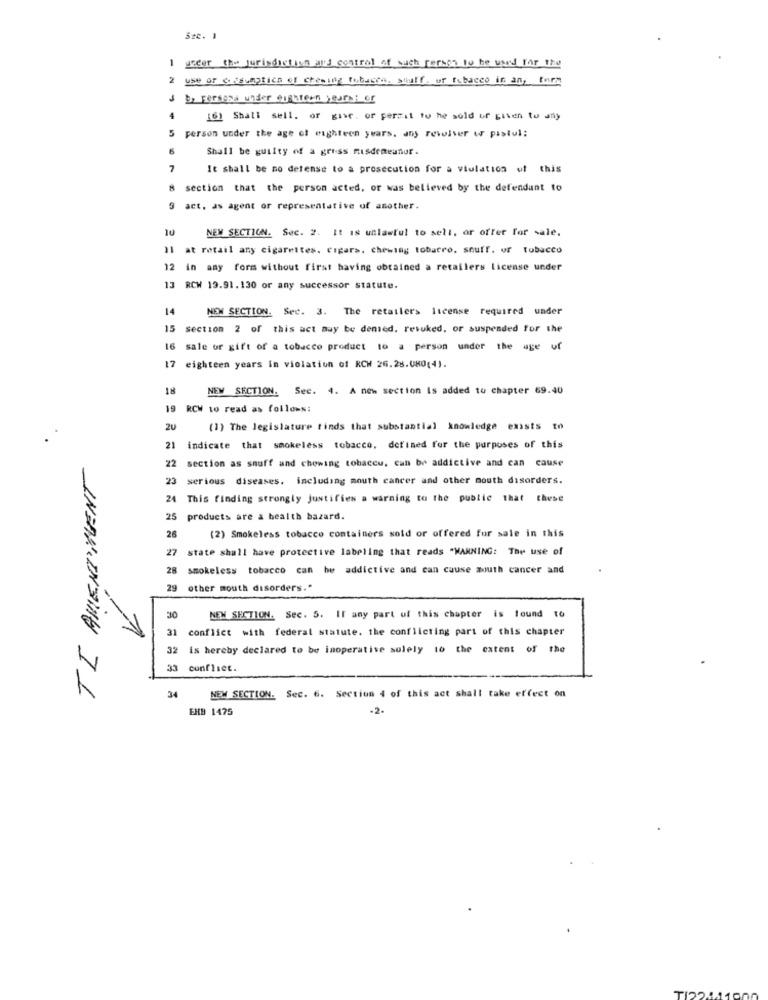
Sec. 1
1 under the jurisdiction and control of such person to be used for the
use or cásumptica of chewing tubacta, stuff. ur tobacco in an, form
3 b, persona under euchteen years: er
4
161 Shall sell. or give, or perzat tu he sold ur given to any
5 person under the age of eighteen years. any revolver w pastul;
6
Shall be guilty of a gruss misdemeanor.
7
It shall be mo defense to a prosecution for a violation of this
8 section that the person acted, or was believed by the defendant to
9
act, as agent or representative of another.
10
NEW SECTION. Sec. 2. It is unlawful to sell, or offer for sale.
Il at retail any cigarettes. Cigars. chewing tobarro, souff. of tobacco
12
in any form without first having obtained a retailers License under
13 RCW 19.91.130 or any successor statute.
14
NEW SECTION. Sec. 3. The retailers license required under
15
section 2 of this act may be denied. resuked, or suspended for the
16
sale or gift of a tobacco product to a person under the age of
17
7 eighteen years in violation of RCH 26.28.080(4).
18
NEW SECTION. Sec. 4. A new section Is added to chapter 69.40
19
RCW to read as follows:
20
(1) The legislature finds that substantial knowledge exists to
21 indicate that smokeless tobacco, defined for the purposes of this
22
section as snuff and chewing tobacco, can be addictive and can cause
TI AMENIMENT
23 serious diseases, including mouth cancer and other mouth disorders.
24 This finding strongly Justifies a warning to the public that these
25
products are a health bazard.
26
(2) Smokeless tobacco containers sold or offered for sale in this
27
state shall have protective labeling that reads "WARNING: The use of
28 smokeless tobacco can be addictive and can cause mouth cancer and
29 other mouth disorders."
30
NEW SECTION. Sec. S. IF any part of this chapter is lound to
31 conflict with federal statute. the conflicting part of this chapter
32 is hereby declared to be inoperative solely to the extent of the
33 conflict.
34
NEW SECTION. Sec. 6. Section 4 of this act shall take effect on
EHB 1475
.2.